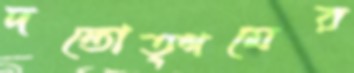
দন্তোত্গমের